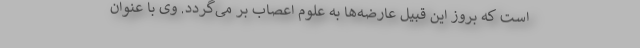
است که بروز این قبیل عارضه‌ها به علوم اعصاب بر می‌گردد. وی با عنوان